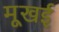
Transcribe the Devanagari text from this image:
मूखई